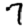
Digit: 7